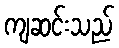
ကျဆင်းသည်